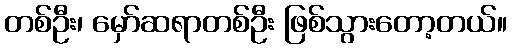
တစ်ဦး၊ မှော်ဆရာတစ်ဦး ဖြစ်သွားတော့တယ်။